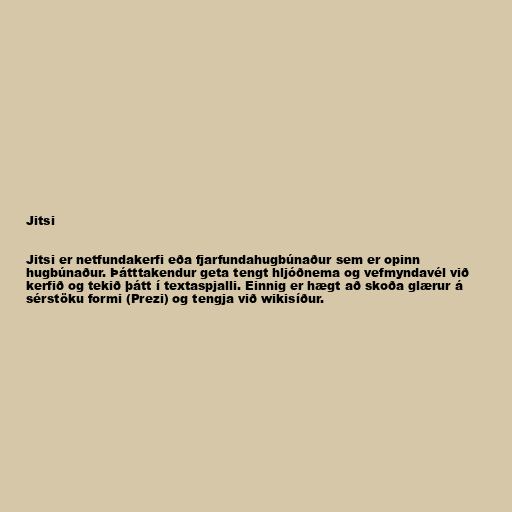
Jitsi

Jitsi er netfundakerfi eða fjarfundahugbúnaður sem er opinn
hugbúnaður. Þátttakendur geta tengt hljóðnema og vefmyndavél við
kerfið og tekið þátt í textaspjalli. Einnig er hægt að skoða glærur á
sérstöku formi (Prezi) og tengja við wikisíður.